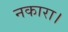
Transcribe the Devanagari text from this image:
नकारा।